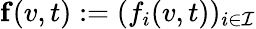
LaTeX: \mathbf{f}(v,t):=(f_{i}(v,t))_{i\in\mathcal{I}}